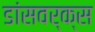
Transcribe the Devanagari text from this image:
डांसवर्क्स